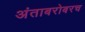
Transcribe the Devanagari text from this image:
अंताबरोबरच